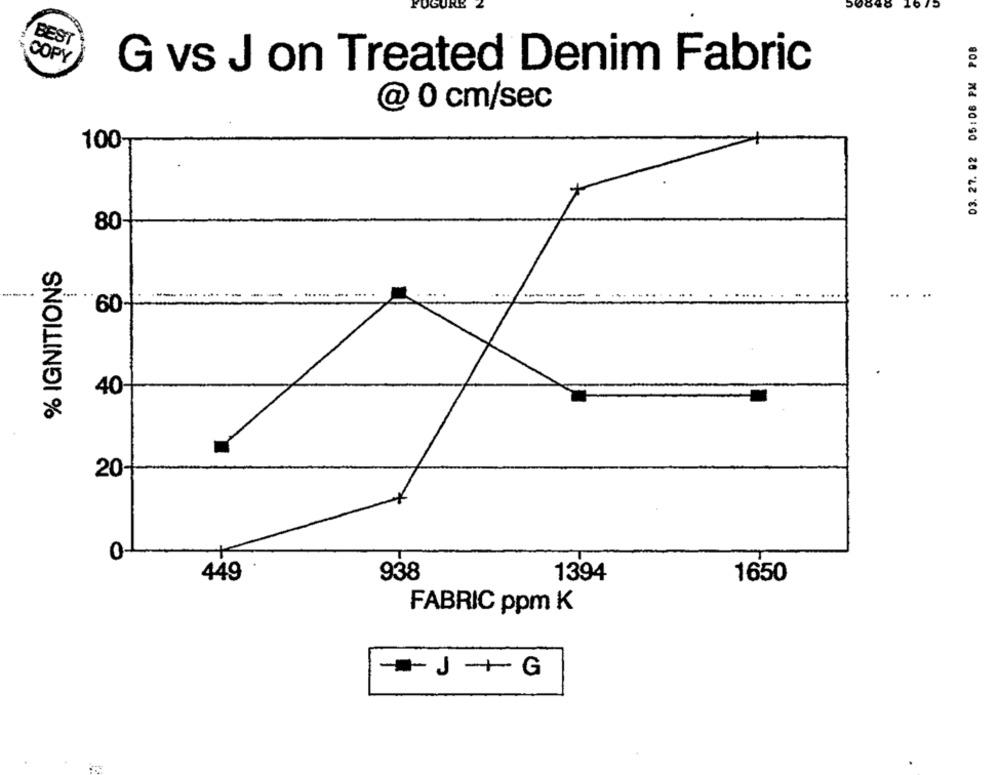
50848 1675
03. 27. 02 05:06 PM POB
BEST
COPY
G vs J on Treated Denim Fabric
@ 0 cm/sec
100-
80-
% IGNITIONS
60-
40
20-
0-
449
938
1394
1650
FABRIC ppm K
-J +G